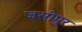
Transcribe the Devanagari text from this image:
जसीपुर